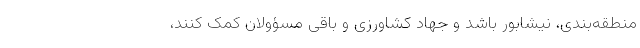
منطقه‌بندی،‌ نیشابور باشد و جهاد کشاورزی و باقی مسؤولان کمک کنند،